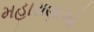
મહારાણાઓ